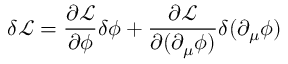
\delta { \mathcal { L } } = { \frac { \partial { \mathcal { L } } } { \partial \phi } } \delta \phi + { \frac { \partial { \mathcal { L } } } { \partial ( \partial _ { \mu } \phi ) } } \delta ( \partial _ { \mu } \phi )